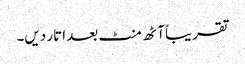
تقریباً آٹھ منٹ بعد اتار دیں۔